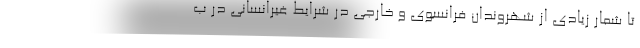
تا شمار زیادی از شهروندان فرانسوی و خارجی در شرایط غیرانسانی در ب